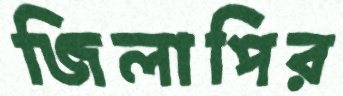
জিলাপির